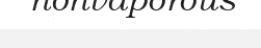
nonvaporous